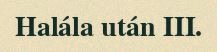
Halála után III.